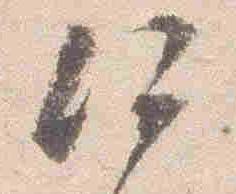
何